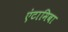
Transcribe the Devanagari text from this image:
एंटामिबा